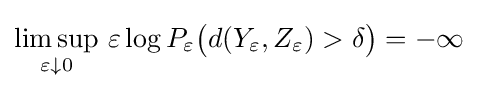
\limsup _{\varepsilon \downarrow 0}\,\varepsilon \log P_{\varepsilon }{\big (}d(Y_{\varepsilon },Z_{\varepsilon })>\delta {\big )}=-\infty